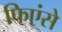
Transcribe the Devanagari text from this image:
फिएंसे